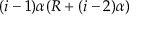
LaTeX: ( i - 1 ) \alpha ( R + ( i - 2 ) \alpha )